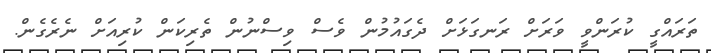
ތަރައްގީ ކުރަންވީ ވަރަށް ރަނގަޅަށް ދެގައުމުން ވެސް ވިސްނުން ތެރިކަން ކުރިއަށް ނެރެގެން.